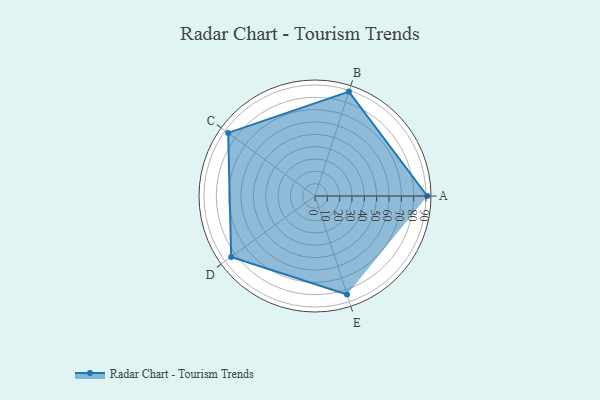
{"axis": {"x": "Skill", "y": "Score"}, "legend": ["Profile"], "data": [{"x": "A", "y": 91.0, "type": "Profile"}, {"x": "B", "y": 89.0, "type": "Profile"}, {"x": "C", "y": 87.0, "type": "Profile"}, {"x": "D", "y": 84.0, "type": "Profile"}, {"x": "E", "y": 84.0, "type": "Profile"}]}